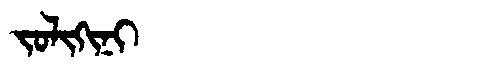
Manchu: ᠵᠣᠯᡳᡴᡳᠨᡳ
Romanization: JOLIKINI